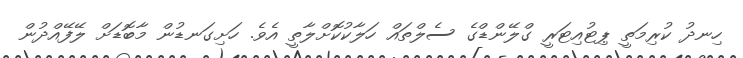
ހިނދު ކުރިމަތީ ޕިޓުއިޓަރީ ގްލޭންޑްގެ ސެލްތައް ހަލާކުކޮށްލާތީ އެވެ. ހަށިގަނޑުން މާބޮޑަށް ލޭފޭއްދުން